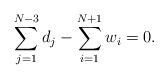
LaTeX: \begin{align*}\sum_{j=1}^{N-3}d_{j}-\sum_{i=1}^{N+1} w_{i}=0 .\end{align*}